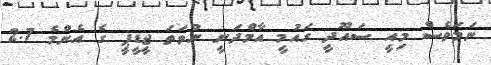
ނަމަވެސް މިއީ ސައޫދީ ގައުމީ އާމްދަނީ ނުވަތަ ޖީޑީޕީ ގެ އެންމެ 2.7